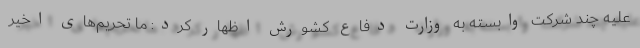
علیه چند شرکت وابسته به وزارت دفاع کشورش اظهار کرد: ما تحریم‌های اخیر